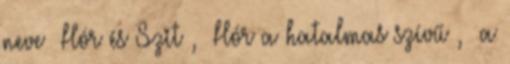
neve «Hór és Szit», «Hór a hatalmas szívű», «a